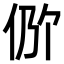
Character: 𫢖